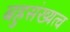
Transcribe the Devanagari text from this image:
बहुसंख्यत्व